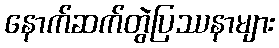
နောက်ဆက်တွဲပြဿနာများ